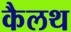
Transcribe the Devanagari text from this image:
कैलथ